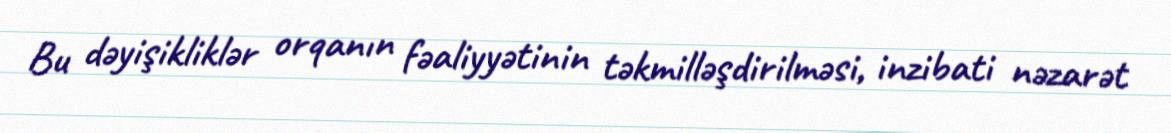
Bu dəyişikliklər orqanın fəaliyyətinin təkmilləşdirilməsi, inzibati nəzarət